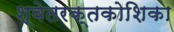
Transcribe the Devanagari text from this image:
श्वेतरक्तकोशिका